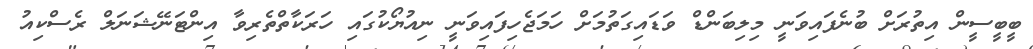
ބީބީސީން އިތުރަށް ބުނެފައިވަނީ މިލިބަންޑް ވަޑައިގަތުމަށް ހަމަޖެހިފައިވަނީ ނިއުޔޯކުގައި ހަރަކާތްތެރިވާ އިންޓަނޭޝަނަލް ރެސްކިއު